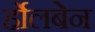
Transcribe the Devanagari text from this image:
र्होलबेन